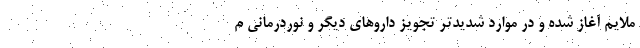
ملایم آغاز شده و در موارد شدیدتر تجویز داروهای دیگر و نوردرمانی م